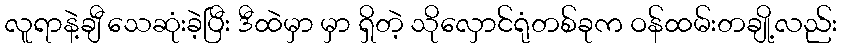
လူရာနဲ့ချီ သေဆုံးခဲ့ပြီး ဒီထဲမှာ မှာ ရှိတဲ့ သိုလှောင်ရုံတစ်ခုက ဝန်ထမ်းတချို့လည်း